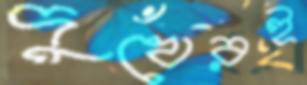
দুখেরই